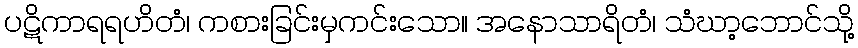
ပဋိကာရရဟိတံ၊ ကစားခြင်းမှကင်းသော။ အနောသာရိတံ၊ သံဃာ့ဘောင်သို့